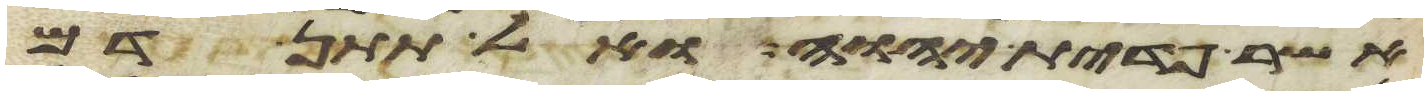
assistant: אשר פדית יהוה ואל תתן דם